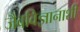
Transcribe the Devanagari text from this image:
जैवविज्ञानाशी